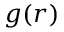
g ( r )